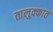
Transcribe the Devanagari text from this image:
तालुक्कात